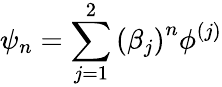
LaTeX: \psi_{n}=\sum_{j=1}^{2}\left(\beta_{j}\right)^{n}\phi^{\left(j\right)}